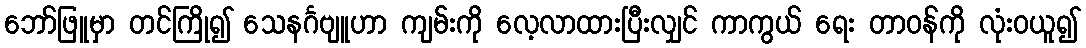
ဘော်ဖြူမှာ တင်ကြို၍ သေနင်္ဂဗျူဟာ ကျမ်းကို လေ့လာထားပြီးလျှင် ကာကွယ် ရေး တာဝန်ကို လုံးဝယူ၍